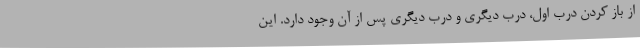
از باز کردن درب اول، درب دیگری و درب دیگری پس از آن وجود دارد. این